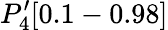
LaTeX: P_{4}^{\prime}[0.1-0.98]